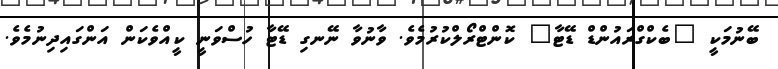
ބޭނުމަކީ "ބެކްގްރައުންޑް ޑޭޓާ" ކޮންޓްރޯލްކުރުމެވެ. ވާނުވާ ނޭނގި ޑޭޓާ ހުސްވަނީ ކީއްވެކަން އަންގައިދިނުމެވެ.